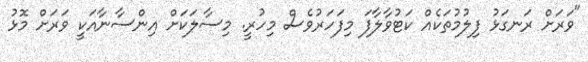
"ވަރަށް ރަނގަޅު ފިލުމުތަކެއް ކަޓުވާލާފަ މިފަހަރުވެސް މިހުރީ. މިސާލަކަށް އިންސާނާއަކީ ވަރަށް މޮޅު